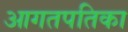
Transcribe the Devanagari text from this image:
आगतपतिका